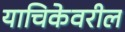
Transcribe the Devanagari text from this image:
याचिकेवरील